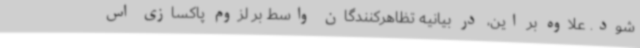
شود. علاوه بر این، در بیانیه تظاهرکنندگان واسط بر لزوم پاکسازی اس